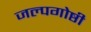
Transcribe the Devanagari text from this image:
जल्पगोष्ठी